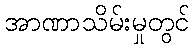
အာဏာသိမ်းမှုတွင်